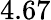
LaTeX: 4.67